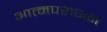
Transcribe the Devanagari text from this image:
आत्मपरागन